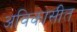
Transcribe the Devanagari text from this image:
अविकासीत